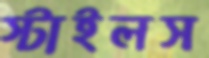
স্টাইলস